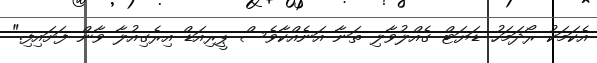
އެކަމަކު ރޯދަމަހު ޑަޔަޓް ގެއްލުވާލި ތަނާ އަނެއްކާވެސް ޕީރިއަޑް އިރެގިއުލާ ވާން ފަށައިފި."